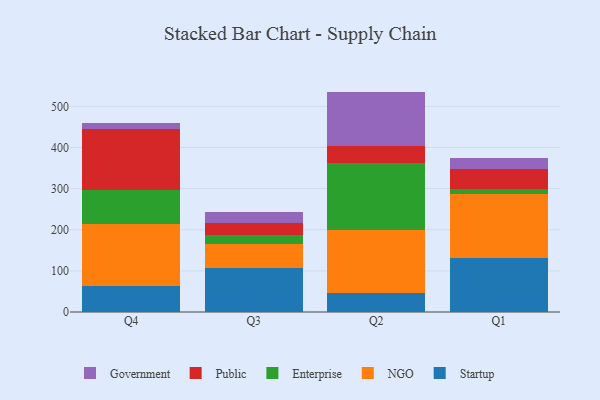
{"axis": {"x": "Quarter", "y": "Tickets Resolved"}, "legend": ["Enterprise", "Government", "NGO", "Public", "Startup"], "data": [{"x": "Q4", "y": 63.6, "type": "Startup"}, {"x": "Q4", "y": 150.1, "type": "NGO"}, {"x": "Q4", "y": 83.8, "type": "Enterprise"}, {"x": "Q4", "y": 147.4, "type": "Public"}, {"x": "Q4", "y": 14.6, "type": "Government"}, {"x": "Q3", "y": 106.6, "type": "Startup"}, {"x": "Q3", "y": 58.7, "type": "NGO"}, {"x": "Q3", "y": 22.4, "type": "Enterprise"}, {"x": "Q3", "y": 28.8, "type": "Public"}, {"x": "Q3", "y": 26.4, "type": "Government"}, {"x": "Q2", "y": 45.0, "type": "Startup"}, {"x": "Q2", "y": 154.8, "type": "NGO"}, {"x": "Q2", "y": 162.9, "type": "Enterprise"}, {"x": "Q2", "y": 40.1, "type": "Public"}, {"x": "Q2", "y": 133.0, "type": "Government"}, {"x": "Q1", "y": 132.2, "type": "Startup"}, {"x": "Q1", "y": 155.5, "type": "NGO"}, {"x": "Q1", "y": 11.2, "type": "Enterprise"}, {"x": "Q1", "y": 49.5, "type": "Public"}, {"x": "Q1", "y": 25.2, "type": "Government"}]}